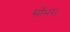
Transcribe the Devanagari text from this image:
साँभर।